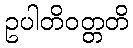
ဥပါတိဝတ္တတိ